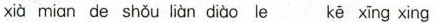
xià mian de shǒu liàn diào le kē xīng xing